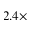
2 . 4 \times